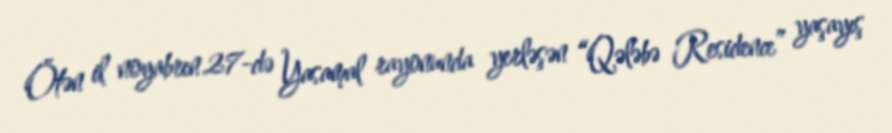
Ötən il noyabrın 27-də Yasamal rayonunda yerləşən “Qələbə Residence” yaşayış